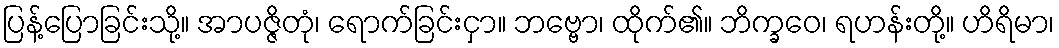
ပြန့်ပြောခြင်းသို့။ အာပဇ္ဇိတုံ၊ ရောက်ခြင်းငှာ။ ဘဗ္ဗော၊ ထိုက်၏။ ဘိက္ခဝေ၊ ရဟန်းတို့။ ဟိရိမာ၊